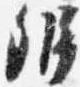
弁